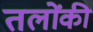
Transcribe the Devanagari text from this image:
तलोंकी